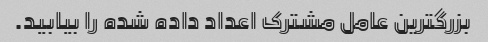
بزرگترین عامل مشترک اعداد داده شده را بیابید.